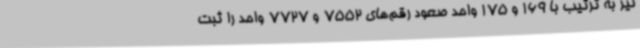
نیز به ترتیب با 169 و 175 واحد صعود رقم‌های 7552 و 7727 واحد را ثبت